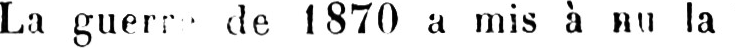
de 1870 a mis à au la